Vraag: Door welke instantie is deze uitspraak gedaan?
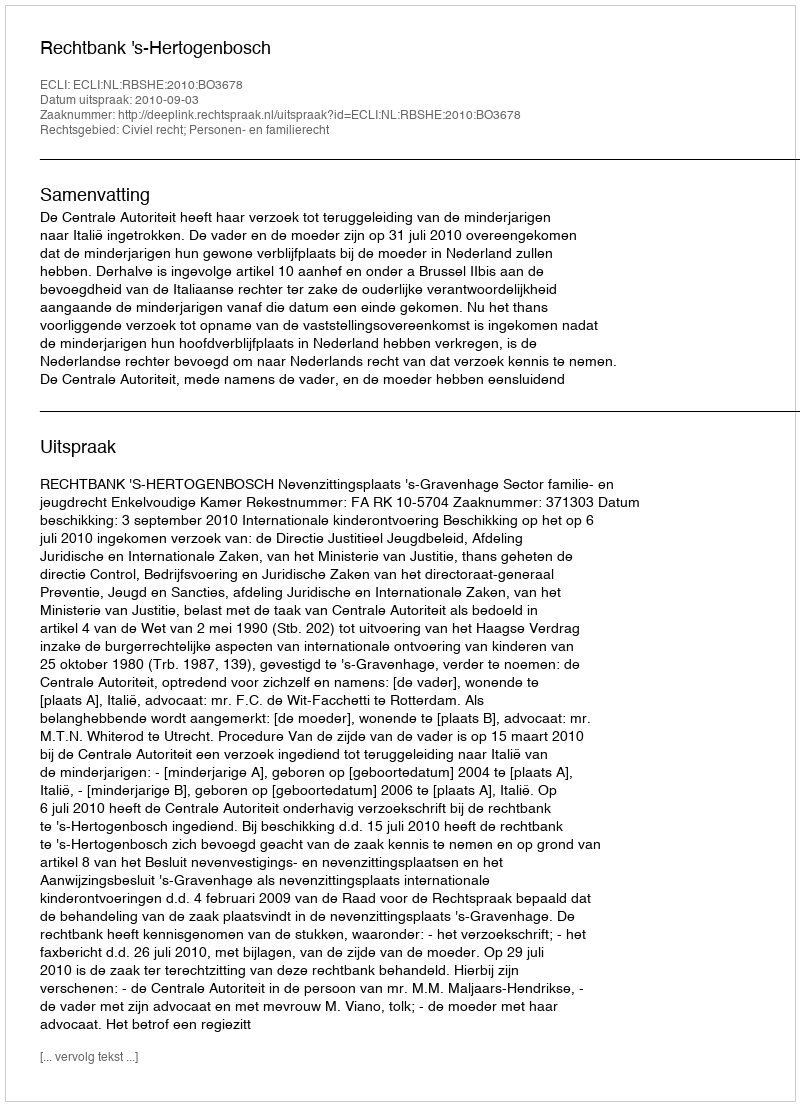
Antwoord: Rechtbank 's-Hertogenbosch